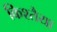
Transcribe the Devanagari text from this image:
किश्तैया